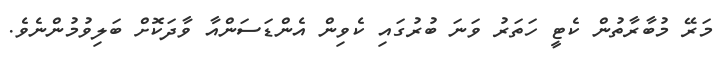
މަރޭ މުބާރާތުން ކެޓީ ހަތަރު ވަނަ ބުރުގައި ކެވިން އެންޑަސަންއާ ވާދަކޮށް ބަލިވުމުންނެވެ.